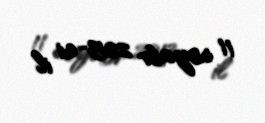
11 noyabr 2013-ci il